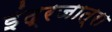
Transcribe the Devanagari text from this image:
इंद्रजात्रा